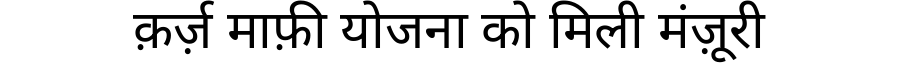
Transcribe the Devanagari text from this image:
क़र्ज़ माफ़ी योजना को मिली मंज़ूरी